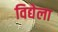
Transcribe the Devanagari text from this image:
विद्येला